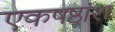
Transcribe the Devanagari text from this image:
एकषष्ठांश